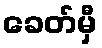
ခေတ်မှီ